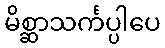
မိစ္ဆာသင်္ကပ္ပါပေ